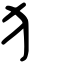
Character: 犭